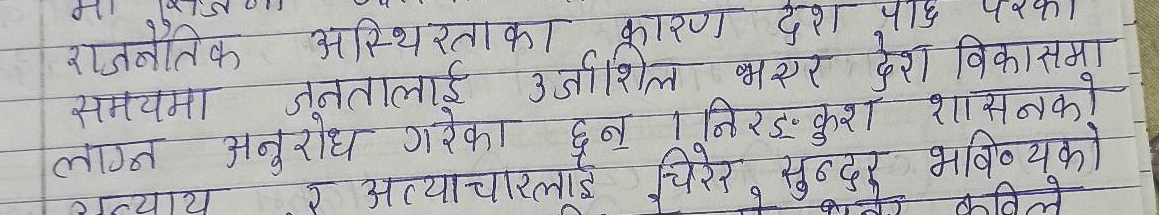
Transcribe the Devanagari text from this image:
राजनैतिक अस्थिरताका कारण देश पछि परका
समयमा जनतालाई उर्जशिल भएर देश विकासमा
लाग्न अनुरोध गरेका छन् । निरंकुश शासनको
अत्याचारलाई चिरेर, सुन्दर भविष्यको
कबिले